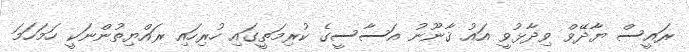
ރައީސް ޔާދޭވް ވިދާޅުވީ އައު ޤާނޫނު އަސާސީގެ ކުރިމަތީގައި ހުރިހައި ރައްޔިތުންނަކީ ހަމަހަމަ